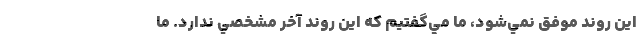
اين روند موفق نمي‌شود، ما مي‌گفتيم كه اين روند آخر مشخصي ندارد. ما